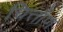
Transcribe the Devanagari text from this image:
चित्तौण